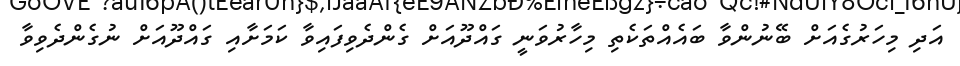
އަދި މިހަރުގެއަށް ބޭނުންވާ ބައެއްތަކެތި މިހާރުވަނީ ގައްދޫއަށް ގެންދެވިފައިވާ ކަމަށާއި ގައްދޫއަށް ނުގެންދެވިވާ